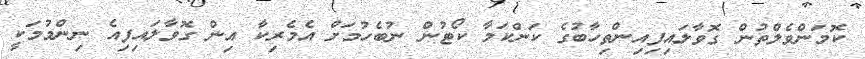
ކޮމަންވެލްތުން ގޮވާލައިފިއިންތިހާބުގެ ކަންކަމާ ކޯޓުން ނުބެހުމަށް އެމެރިކާ އިން ގޮވާލައިފިއެ ނިންމުމަކީ